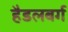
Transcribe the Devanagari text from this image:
हैडलबर्ग